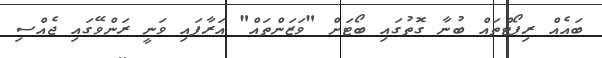
ބައެއް ރިޕޯޓްތައް ބުނާ ގޮތުގައި ބޯޓަށް "ވަޒަންތައް" އަރާފައި ވަނީ ރަންވޭގައި ޖެއްސި